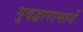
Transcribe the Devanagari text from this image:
गुदद्वारामार्गे